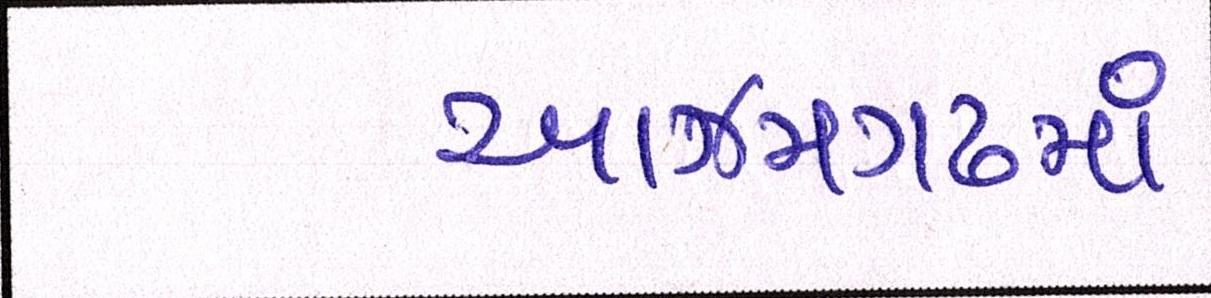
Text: આઝમગઢમાં